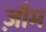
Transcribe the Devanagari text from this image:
ज़ौम